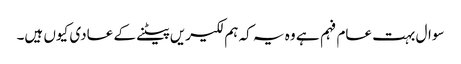
سوال بہت عام فہم ہے وہ یہ کہ ہم لکیریں پیٹنے کے عادی کیوں ہیں۔